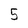
Character: 5